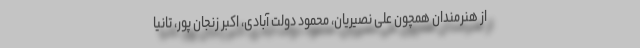
از هنرمندان همچون علی نصیریان، محمود دولت آبادی، اکبر زنجان پور، تانیا